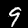
Digit: 9